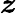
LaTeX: \boldsymbol{\mathit{z}}